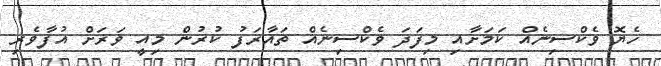
ހެޔޮ ވެކްސިނެއް ކަމަށާއި މިފަދަ ވެކްސިނެއް ތައާރަފު ކުރުން މިއީ ވަރަށް އުފާވެރި